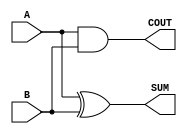
module Parameterized_Half_Adder #(
    parameter WIDTH = 1  // Default value of WIDTH is set to 1
)(
    input  [WIDTH-1:0] A,  // First operand
    input  [WIDTH-1:0] B,  // Second operand
    output [WIDTH-1:0] SUM, // Sum output
    output COUT            // Carry-out output
);

    // Generate SUM as the bitwise XOR of A and B
    assign SUM = A ^ B;

    // Generate COUT as the bitwise AND of A and B
    assign COUT = |(A & B); // OR reduction to combine all carries into a single bit

endmodule